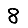
Digit: 8